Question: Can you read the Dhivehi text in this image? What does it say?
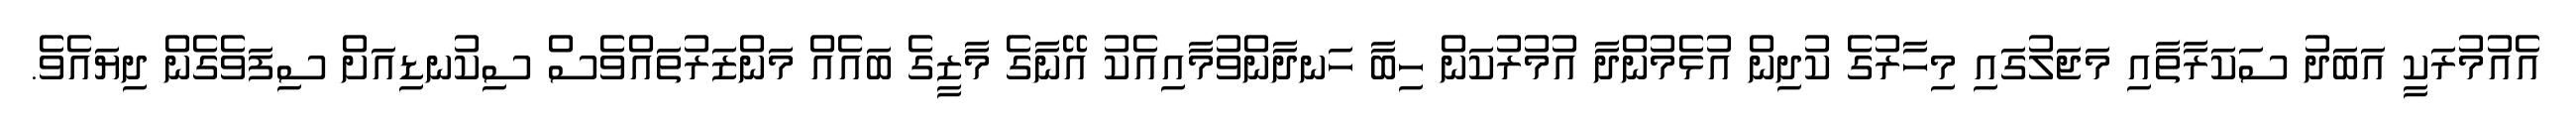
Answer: އެއުމުރަކީ އަބަދު ސަކަރާތާއި މަޖަލުގައި މިހާރުގެ ކުދިން އުޅެމުންދާ އުމުރުކަން ހިބާ ހަނދާންވުމާއިއެކު އޭނާގެ މާޒީގެ ބައެއް މަންޒަރުތައްވެސް ސިކުނޑިއަށް ސިފަވެގެން ދިޔައެވެ.